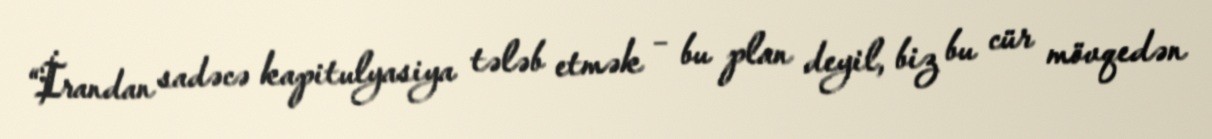
“İrandan sadəcə kapitulyasiya tələb etmək – bu plan deyil, biz bu cür mövqedən